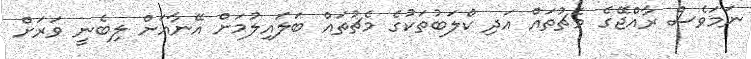
ނަމަވެސް ރާއްޖޭގެ މެޗުތައް އަދި ކްލަބުތަކުގެ މެޗުތައް ބަލައިލުމަށް އޭނާއަށް ލިބެނީ ވަރަށް